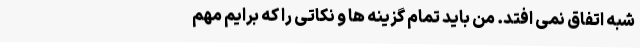
شبه اتفاق نمی افتد. من باید تمام گزینه ها و نکاتی را که برایم مهم